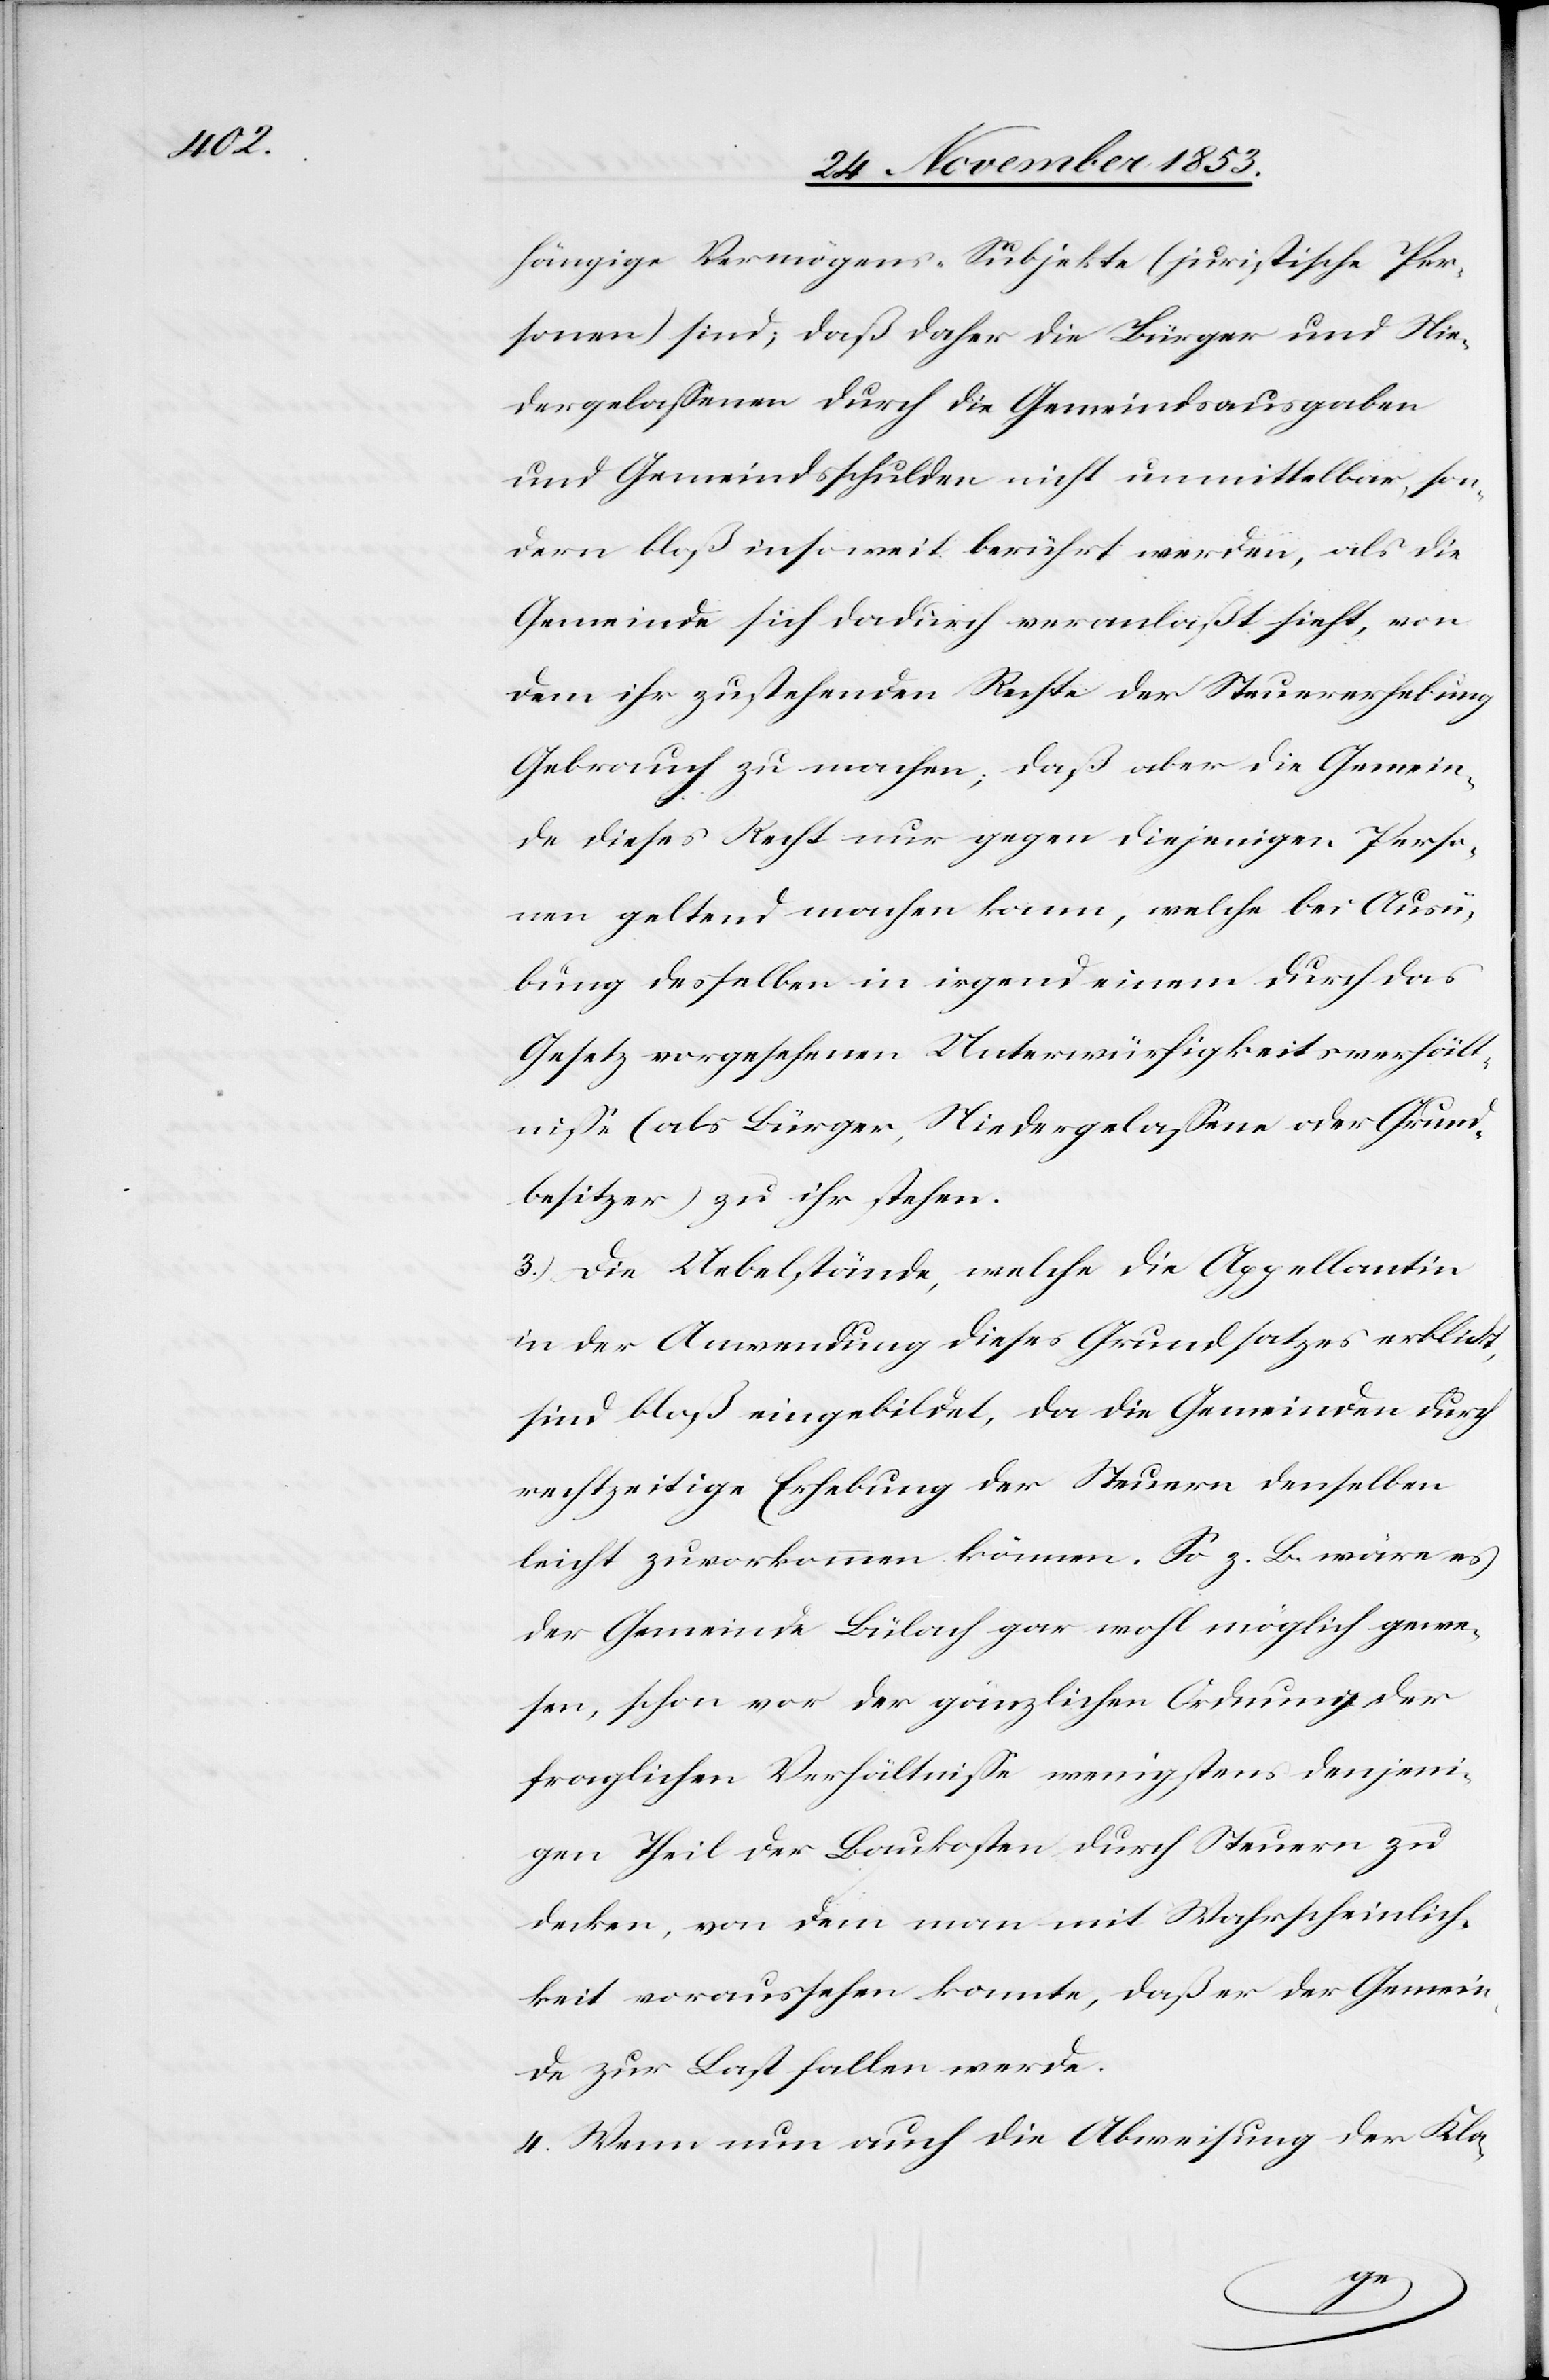
hängige Vermögens-Subjekte (juristische Per¬
sonen) sind; daß daher die Bürger und Nie¬
dergelaßenen durch die Gemeindsausgaben
und Gemeindsschulden nicht unmittelbar, son¬
dern bloß insoweit berührt werden, als die
Gemeinde sich dadurch veranlaßt sieht, von
dem ihr zustehenden Rechte der Steuererhebung
Gebrauch zu machen, daß aber die Gemein¬
de dieses Recht nur gegen diejenigen Perso¬
nen geltend machen kann, welche bei Ausü¬
bung desselben in irgend einem durch das
Gesetz vorgesehenen Unterwürfigkeitsverhält¬
niße (als Bürger, Niedergelaßene oder Grund¬
besitzer) zu ihr stehen.
3.) Die Uebelstände, welche die Appellantin
in der Anwendung dieses Grundsatzes erblickt,
sind bloß eingebildet, da die Gemeinden durch
rechtzeitige Erhebung der Steuern denselben
leicht zuvorkommen können. So z. B. wäre es
der Gemeinde Bülach gar wohl möglich gewe¬
sen, schon vor der gänzlichen Ordnung der
fraglichen Verhältniße wenigstens denjeni¬
gen Theil der Baukosten durch Steuern zu
decken, von dem man mit Wahrscheinlich¬
keit voraussehen konnte, daß er der Gemein¬
de zur Last fallen werde.
4.) Wenn nun auch die Abweisung der Kla-